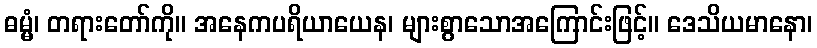
ဓမ္မံ၊ တရားတော်ကို။ အနေကပရိယာယေန၊ များစွာသောအကြောင်းဖြင့်။ ဒေသိယမာနော၊